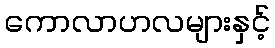
ကောလာဟလများနှင့်